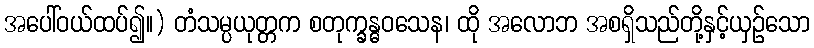
အပေါ်ဝယ်ထပ်၍။) တံသမ္ပယုတ္တက စတုက္ခန္ဓဝသေန၊ ထို အလောဘ အစရှိသည်တို့နှင့်ယှဉ်သော